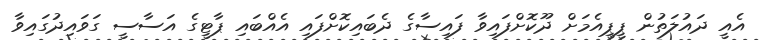
އެއީ ދައުލަތުން ޕީޕީއެމަށް ދޫކޮށްފައިވާ ފައިސާގެ ދެބައިކޮށްފައި އެއްބައި ޕާޓީގެ އަސާސީ ގަވައިދުގައިވާ